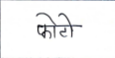
मजकूर: फोटो